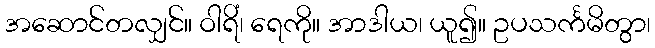
အဆောင်တလျှင်။ ဝါရိံ၊ ရေကို။ အာဒါယ၊ ယူ၍။ ဥပသင်္ကမိတွာ၊